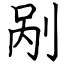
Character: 剐